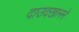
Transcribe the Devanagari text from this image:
दाउदखानने